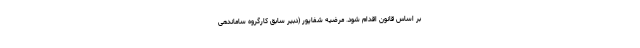
بر اساس قانون اقدام شود. مرضیه شفاپور (دبیر سابق کارگروه ساماندهی